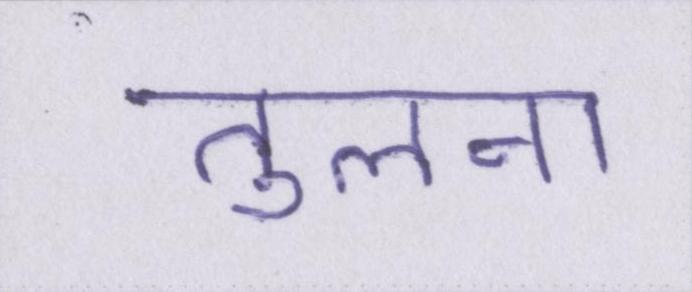
तुलना